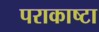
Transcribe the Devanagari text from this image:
पराकाष्टा